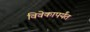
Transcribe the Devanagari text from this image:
विवेकापर्यंत